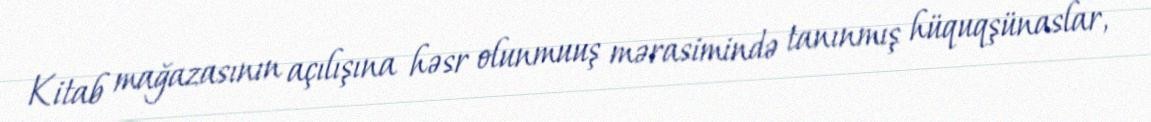
Kitab mağazasının açılışına həsr olunmuuş mərasimində tanınmış hüquqşünaslar,